Report of the Indian Hemp Drugs Commission, 1894-1895 - Volume VII
Year: 1894
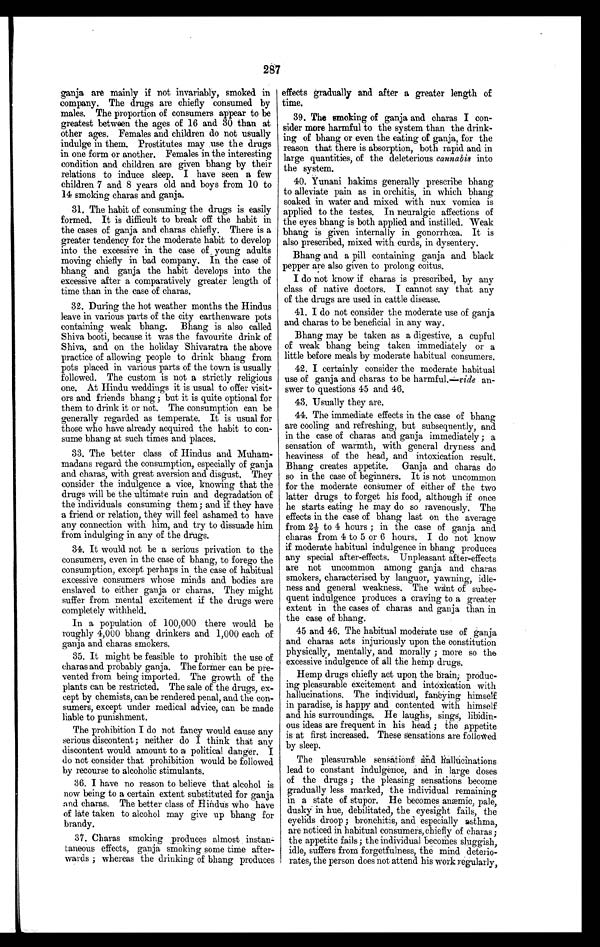
287
ganja are mainly if not invariably, smoked in
company. The drugs are chiefly consumed by
males. The proportion of consumers appear to be
greatest between the ages of 16 and 30 than at
other ages. Females and children do not usually
indulge in them. Prostitutes may use the drugs
in one form or another. Females in the interesting
condition and children are given bhang by their
relations to induce sleep. I have seen a few
children 7 and 8 years old and boys from 10 to
14 smoking charas and ganja.
31. The habit of consuming the drugs is easily
formed. It is difficult to break off the habit in
the cases of ganja and charas chiefly. There is a
greater tendency for the moderate habit to develop
into the excessive in the case of young adults
moving chiefly in bad company. In the case of
bhang and ganja the habit develops into the
excessive after a comparatively greater length of
time than in the case of charas.
32. During the hot weather months the Hindus
leave in various parts of the city earthenware pots
containing weak bhang. Bhang is also called
Shiva booti, because it was the favourite drink of
Shiva, and on the holiday Shivaratra the above
practice of allowing people to drink bhang from
pots placed in various parts of the town is usually
followed. The custom is not a strictly religious
one. At Hindu weddings it is usual to offer visit--
ors and friends bhang; but it is quite optional for
them to drink it or not. The consumption can be
generally regarded as temperate. It is usual for
those who have already acquired the habit to con--
sume bhang at such times and places.
33. The better class of Hindus and
Muham-madans regard the consumption, especially of ganja
and charas, with great aversion and disgust. They
consider the indulgence a vice, knowing that the
drugs will be the ultimate ruin and degradation of
the individuals consuming them; and if they have
a friend or relation, they will feel ashamed to have
any connection with him, and try to dissuade him
from indulging in any of the drugs.
34. It would not be a serious privation to the
consumers, even in the case of bhang, to forego the
consumption, except perhaps in the case of habitual
excessive consumers whose minds and bodies are
enslaved to either ganja or charas. They might
suffer from mental excitement if the drugs were
completely withheld.
In a population of 100,000 there would be
roughly 4,000 bhang drinkers and 1,000 each of
ganja and charas smokers.
35. It might be feasible to prohibit the use of
charas and probably ganja. The former can be pre-
vented from being imported. The growth of the
plants can be restricted. The sale of the drugs, ex-
cept by chemists, can be rendered penal, and the con-
sumers, except under medical advice, can be made
liable to punishment.
The prohibition I do not fancy would cause any
serious discontent; neither do I think that any
discontent would amount to a political danger. I
do not consider that prohibition would be followed
by recourse to alcoholic stimulants.
36. I have no reason to believe that alcohol is
now being to a certain extent substituted for ganja
and charas. The better class of Hindus who have
of late taken to alcohol may give up bhang for
brandy.
37. Charas smoking produces almost instan-
taneous effects, ganja smoking some time after-
- w a r d s ; w h e r e a s t h e d r i n k i n g o f b h a n g p r o d u c e s
effects gradually and after a greater length of
time.
39. The smoking of ganja and charas I con--
sider more harmful to the system than the drink--
ing of bhang or even the eating of ganja, for the
reason that there is absorption, both rapid and in
large quantities, of the deleterious cannabis into
the system.
40. Yunani hakims generally prescribe bhang
to alleviate pain as in orchitis, in which bhang
soaked in water and mixed with nux vomica is
applied to the testes. In neuralgic affections of
the eyes bhang is both applied and instilled. Weak
bhang is given internally in gonorrhœa. It is
also prescribed, mixed with curds, in dysentery.
Bhang and a pill containing ganja and black
pepper are also given to prolong coitus.
I do not know if charas is prescribed, by any
class of native doctors. I cannot say that any
of the drugs are used in cattle disease.
41. I do not consider the moderate use of ganja
and charas to be beneficial in any way.
Bhang may be taken as a digestive, a cupful
of weak bhang being taken immediately or a
little before meals by moderate habitual consumers.
42. I certainly consider the moderate habitual
use of ganja and charas to be harmful.—vide an--
swer to questions 45 and 46.
43. Usually they are.
44. The immediate effects in the case of bhang
are cooling and refreshing, but subsequently, and
in the case of charas and ganja immediately; a
sensation of warmth, with general dryness and
heaviness of the head, and intoxication result.
Bhang creates appetite. Ganja and charas do
so in the case of beginners. It is not uncommon
for the moderate consumer of either of the two
latter drugs to forget his food, although if once
he starts eating he may do so ravenously. The
effects in the case of bhang last on the average
from 2½ to 4 hours; in the case of ganja and
charas from 4 to 5 or 6 hours. I do not know
if moderate habitual indulgence in bhang produces
any special after-effects. Unpleasant after-effects
are not uncommon among ganja and charas
smokers, characterised by languor, yawning, idle-
ness and general weakness. The want of subse-
quent indulgence produces a craving to a greater
extent in the cases of charas and ganja than in
the case of bhang.
45 and 46. The habitual moderate use of ganja
and charas acts injuriously upon the constitution
physically, mentally, and morally; more so the
excessive indulgence of all the hemp drugs.
Hemp drugs chiefly act upon the brain; produc
-ing pleasurable excitement and intoxication with
hallucinations. The individual, fancying himself
in paradise, is happy and contented with himself
and his surroundings. He laughs, sings, libidin
-ous ideas are frequent in his head; the appetite
is at first increased. These sensations are followed
by sleep.
The pleasurable sensations and
h a l l u c i n a t i o n s l e a d t o c o n s t a n t i n d u l g e n c e , a n d i n l a r g e d o s e s
of the drugs; the pleasing sensations become
gradually less marked, the individual remaining
in a state of stupor. He becomes anæmic, pale,
dusky in hue, debilitated, the eyesight fails, the
eyelids droop; bronchitis, and especially asthma,
are noticed in habitual consumers, chiefly of charas;
the appetite fails; the individual becomes sluggish,
idle, suffers from forgetfulness, the mind deterio
- r a t e s , t h e p e r s o n d o e s n o t a t t e n d h i s w o r k r e g u l a r l y ,